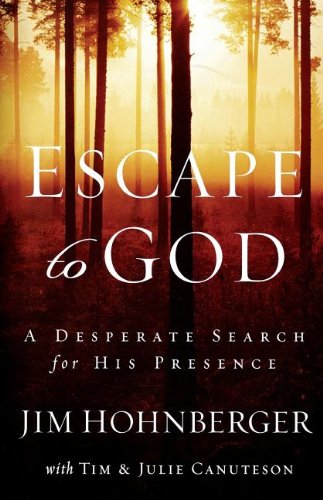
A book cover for Escape to God: A Desperate Search for His Presence; Jim Hohnberger; Christian Books & Bibles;